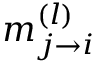
m _ { j \rightarrow { i } } ^ { ( l ) }